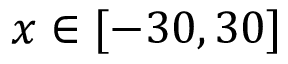
x \in [ - 3 0 , 3 0 ]